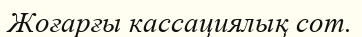
Жоғарғы кассациялық сот.